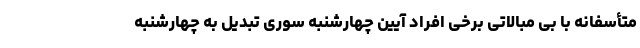
متأسفانه با بی مبالاتی برخی افراد آیین چهارشنبه سوری تبدیل به چهارشنبه